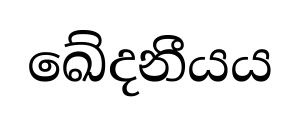
ඛේදනීයය